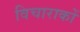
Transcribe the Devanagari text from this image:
विचाराकों